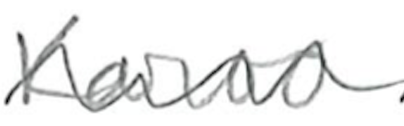
Text: Karoo
Cross-out: wave
Writing tool: pencil